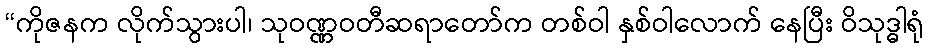
“ကိုဇနက လိုက်သွားပါ၊ သုဝဏ္ဏဝတီဆရာတော်က တစ်ဝါ နှစ်ဝါလောက် နေပြီး ဝိသုဒ္ဓါရုံ